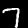
Digit: 7